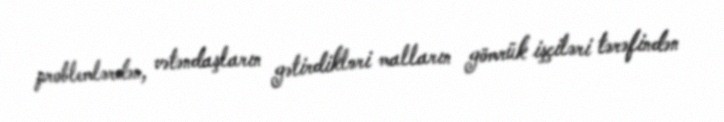
problemlərdən, vətəndaşların gətirdikləri malların gömrük işçiləri tərəfindən